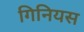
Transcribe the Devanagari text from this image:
गिनियस